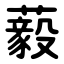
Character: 藙